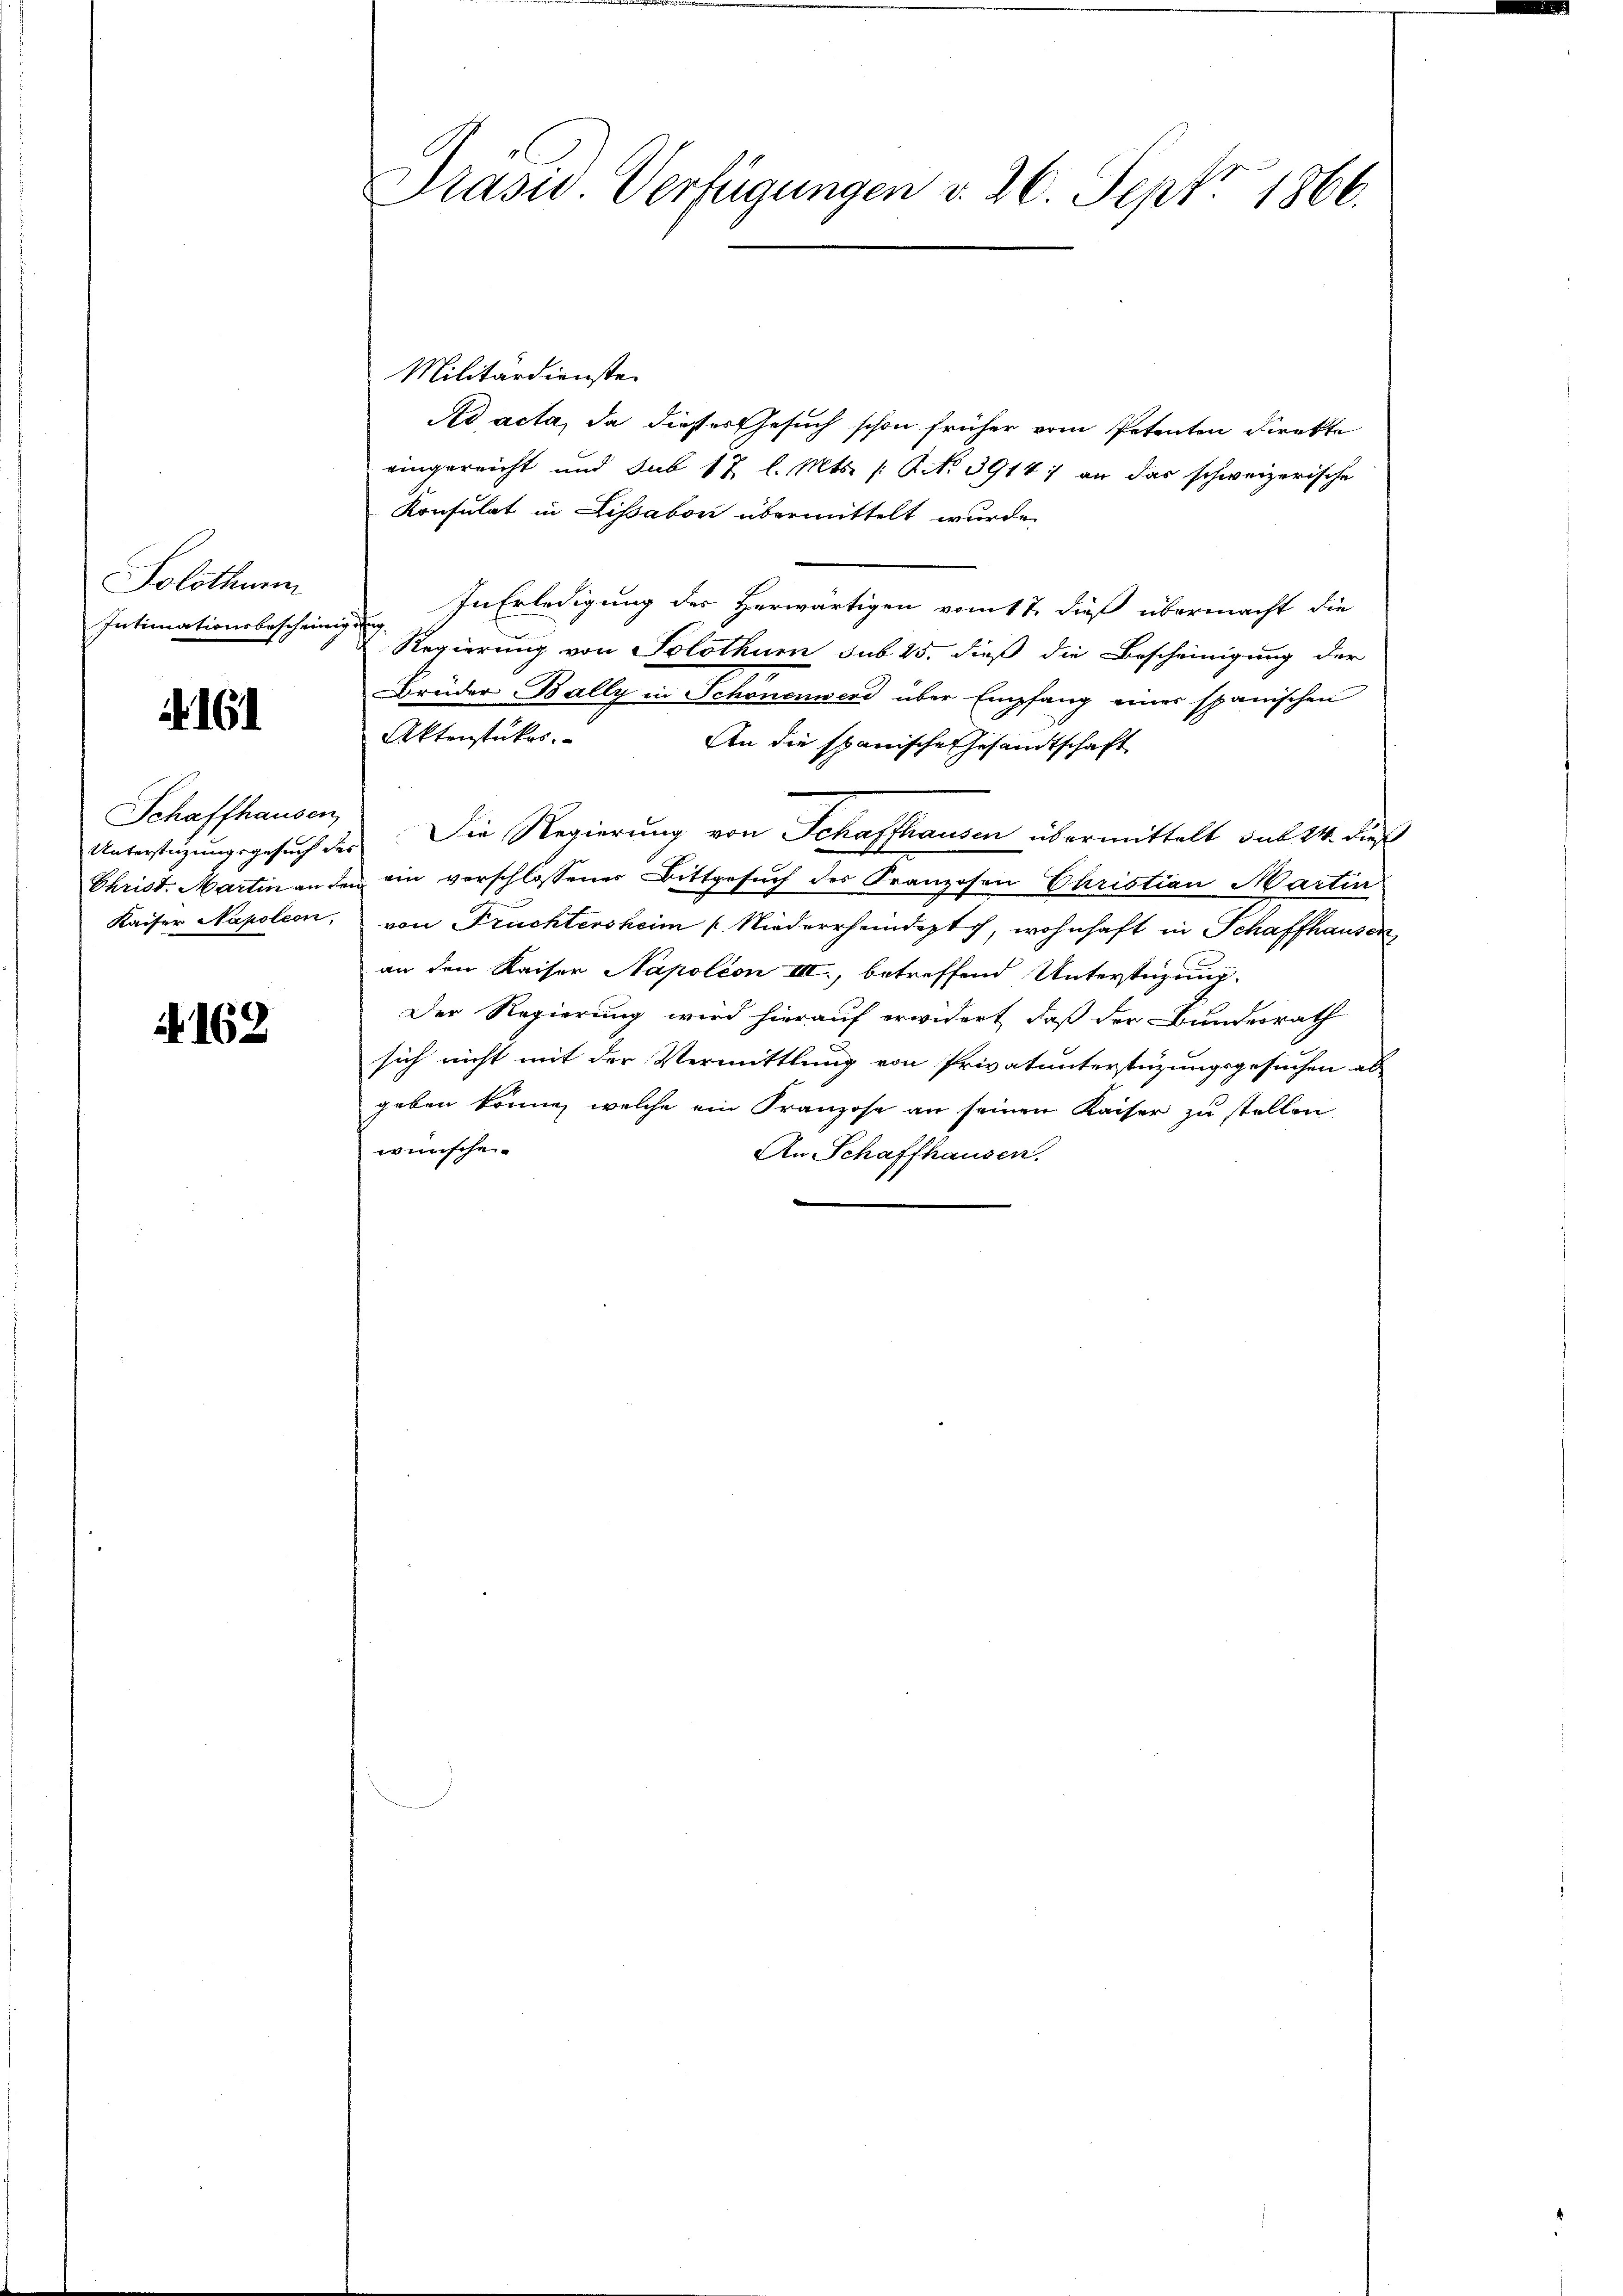
Solothurn
Intimationsbescheinig

A. 161

Schaffhausen
Kaiser Napoleon,

A 162

Prasw. Verfügungen v. 26. Sept. 1866.

Militärdienste
Ad acta, da dieser Gesuch schon früher vom Petenten Direkte
eingereicht und sub 12 l. Mts. Art. 3914 :/ an das schweizerische
Konsulat in Lissabon übermittelt wurde.
In Erledigung des Herwärtigen vom 17. dieß übermacht die
u
 Regierung von Solothurn sub 25. dieß die Bescheinigung der
Brüder Bally in Schonenwerd über Empfang einer spanischen
Aktenstükes.
An die spanische Gesandtschaft
Untersteigungsgesuch des Die Regierung von Schaffhausen übermittelt sub 24. dieß
Christ. Martin an den ein verschlossener Bittgesuch der Franzosen Christian Martin
von Fruchtersheim Niederrheindept, wohnhaft in Schaffhausen
an den Kaiser Napoléon VIII., betreffend Unterstüzung.
Der Regierung wird hierauf erwidert, daß der Bundesrath
sich nicht mit der Vermittlung von Privatunterstüzungsgesuchen ab
geben könne, welche ein Franzose an seinen Kaiser zu stellen,
wünschen.
An Schaffhausen.